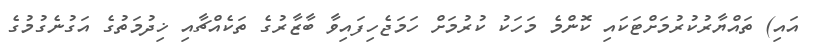
އައި) ތައްޔާރުކުރުމަށްޓަކައި ކޮންމެ މަހަކު ކުރުމަށް ހަމަޖެހިފައިވާ ބާޒާރުގެ ތަކެއްޗާއި ޚިދުމަތުގެ އަގުނެގުމުގެ